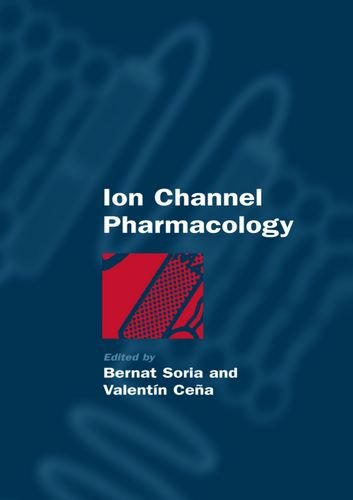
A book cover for Ion Channel Pharmacology; Medical Books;